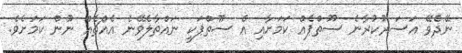
ނޭދެވޭ އަސަރުކުރާނެ ސޫތްޕެއް ކަމަށާއި އެ ސޫތްޕަކީ ނައްތާލެވޭނެ އެއްޗެއް ނޫން ކަމަށެވެ.